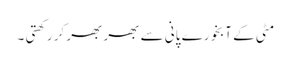
مٹی کے آبخورے پانی سے بھر بھر کر رکھتی ۔